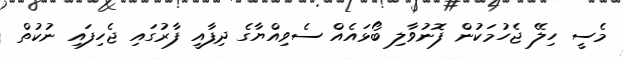
މެސީ ހިލޭ ޖެހުމަކުން ފޮނުވާލި ބޯޅައެއް ސެވިއްޔާގެ ދިފާއީ ފާރުގައި ޖެހިފައި ނުކުތް